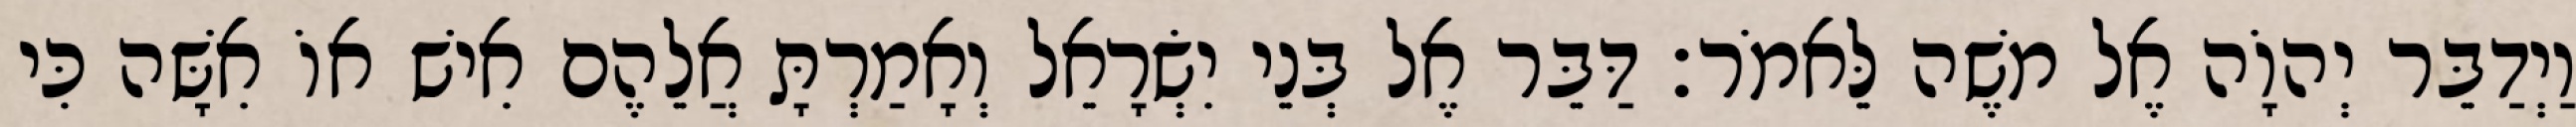
וַיְדַבֵּר יְהוָֹה אֶל משֶׁה לֵּאמֹר׃ דַּבֵּר אֶל בְּנֵי יִשְׂרָאֵל וְאָמַרְתָּ אֲלֵהֶם אִישׁ אוֹ אִשָּׁה כִּי